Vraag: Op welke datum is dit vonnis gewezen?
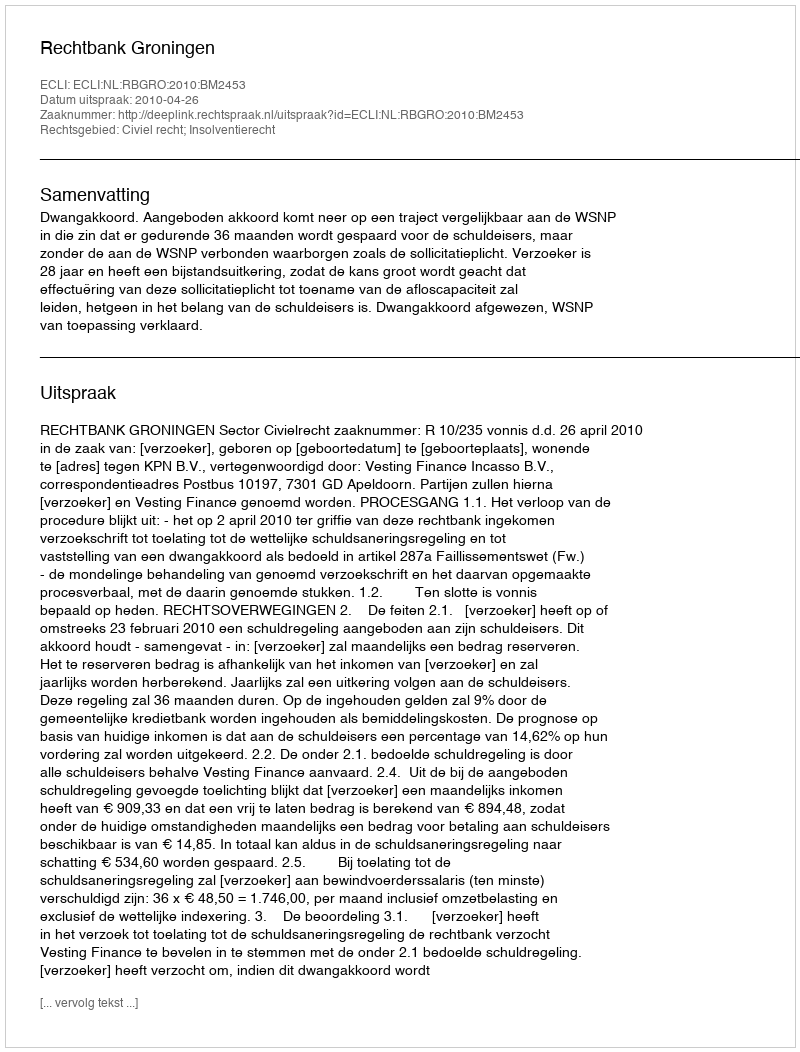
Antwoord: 2010-04-26